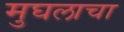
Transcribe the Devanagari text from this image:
मुघलाचा